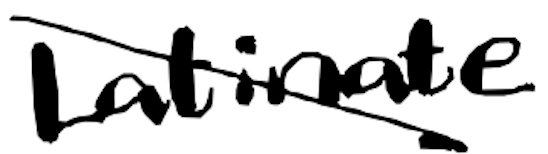
Text: Latinate
Cross-out: diagonal
Writing tool: digital_black